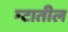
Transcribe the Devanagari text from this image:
ग्टातील